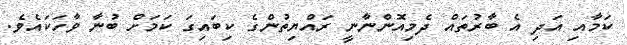
ކަމާއި އަދި އެ ބާރުތައް ދެމިއޮންނާނީ ރައްޔިތުންގެ ކިބައިގަ ކަމަށް ބުނާ ވާހަކައެވެ.